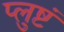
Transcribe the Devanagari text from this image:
प्लुष्टं